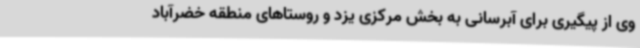
وی از پیگیری برای آبرسانی به بخش مرکزی یزد و روستاهای منطقه خضرآباد